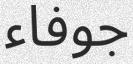
جوفاء